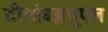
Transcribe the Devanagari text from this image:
टीओडब्लयूएल